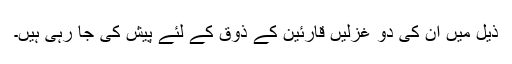
ذیل میں اُن کی دو غزلیں قارئین کے ذوق کے لئے پیش کی جا رہی ہیں۔